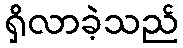
ရှိလာခဲ့သည်